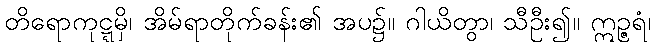
တိရောကုဋ္ဋမှိ၊ အိမ်ရာတိုက်ခန်း၏ အပ၌။ ဂါယိတွာ၊ သီဦး၍။ ဣဉ္ဇရံ၊